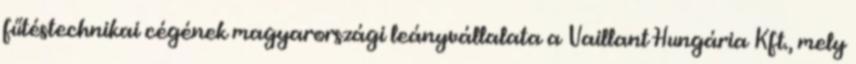
fűtéstechnikai cégének magyarországi leányvállalata a Vaillant Hungária Kft., mely